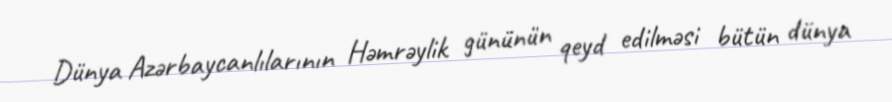
Dünya Azərbaycanlılarının Həmrəylik gününün qeyd edilməsi bütün dünya